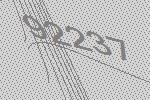
92237